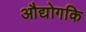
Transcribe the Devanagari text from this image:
औद्योगकि